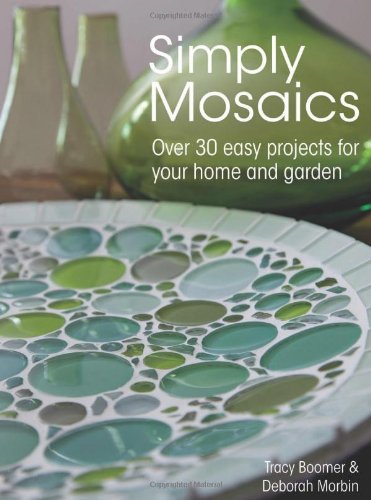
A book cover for Simply Mosaics: Over 30 easy projects for your home and garden; Tracy Boomer; Crafts, Hobbies & Home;